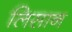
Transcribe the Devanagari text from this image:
लिसान